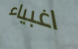
اغبياء